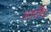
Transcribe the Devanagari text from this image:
स्तर्रीय